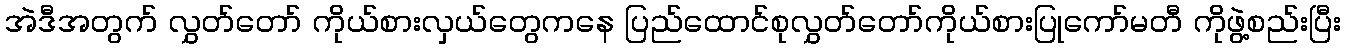
အဲဒီအတွက် လွှတ်တော် ကိုယ်စားလှယ်တွေကနေ ပြည်ထောင်စုလွှတ်တော်ကိုယ်စားပြုကော်မတီ ကိုဖွဲ့စည်းပြီး